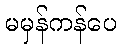
မမှန်ကန်ပေ